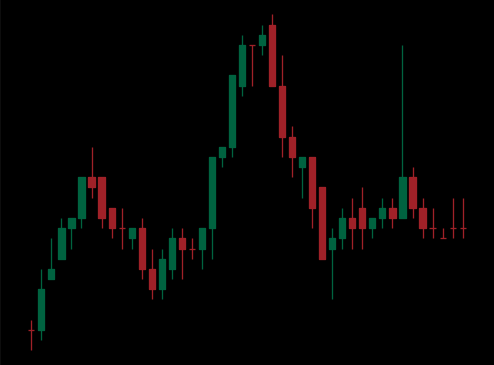
Pattern: head_shoulders